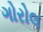
ગોરોલ